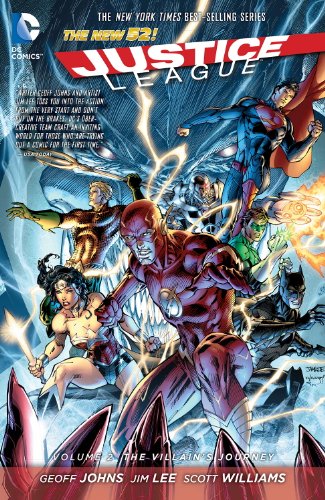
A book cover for Justice League Vol. 2: The Villain's Journey; Geoff Johns; Comics & Graphic Novels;